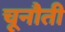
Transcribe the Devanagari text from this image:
चूनौती